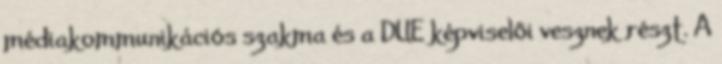
médiakommunikációs szakma és a DUE képviselői vesznek részt. A